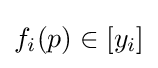
f_{i}(p)\in [y_{i}]